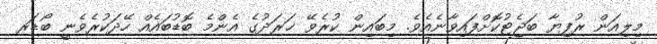
މިލިއަން ރުފިޔާ ބަޖެޓުކޮށްފައިވާނެއެވެ. މިބައިން ކުރެވޭ ޚަރަދުގެ އެންމެ ބޮޑުބައެއް ހޭދަކުރެވެނީ ބޯޑަރ